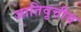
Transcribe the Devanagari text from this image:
जातिवृत्तीय